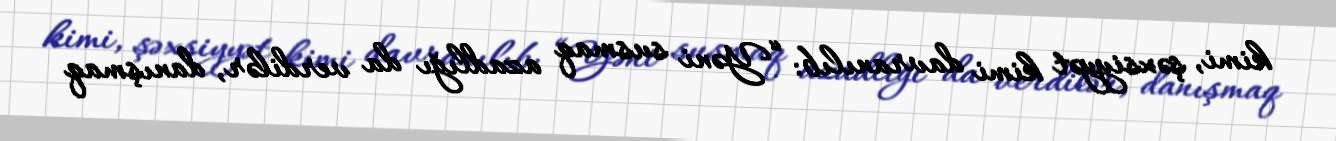
kimi, şəxsiyyət kimi davranılıb: “Yəni susmaq azadlığı da verdilər, danışmaq